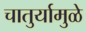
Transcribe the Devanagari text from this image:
चातुर्यामुळे